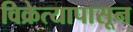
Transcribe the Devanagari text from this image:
विक्रेत्यापासून